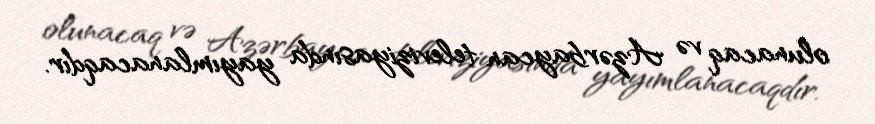
olunacaq və Azərbaycan televiziyasında yayımlanacaqdır.